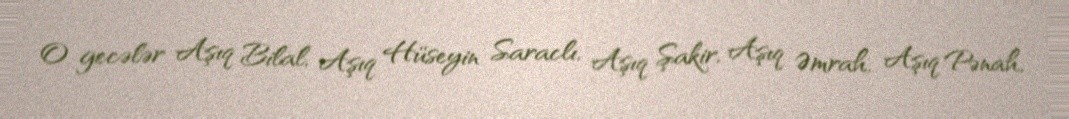
O gecələr Aşıq Bilal, Aşıq Hüseyin Saraclı, Aşıq Şakir, Aşıq Əmrah, Aşıq Pənah,